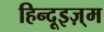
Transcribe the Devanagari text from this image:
हिन्दूइज़्म